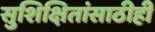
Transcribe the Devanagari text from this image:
सुशिक्षितांसाठीही